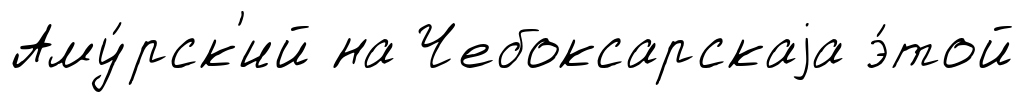
Аму́рск'ий на Чебоксарскаjа э́той